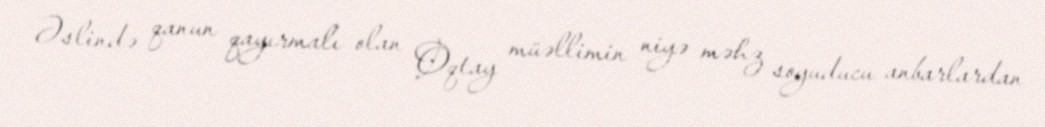
Əslində qanun qayırmalı olan Oqtay müəllimin niyə məhz soyuducu anbarlardan